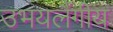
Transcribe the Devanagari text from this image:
उभयलैंगीय